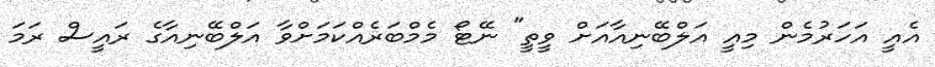
އެއީ އަހަރުމެން މިއީ އަލްބޭނިއާއަށް ވީތީ" ނޭޓޯ މެމްބަރެއްކަމަށްވާ އަލްބޭނިއާގެ ރައީސް ރަމަ